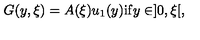
G ( y , \xi ) = A ( \xi ) u _ { 1 } ( y ) \mathrm { i f } y \in ] 0 , \xi [ ,